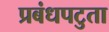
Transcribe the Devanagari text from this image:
प्रबंधपटुता